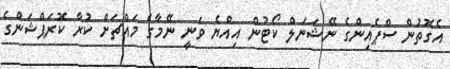
އެގޮތުން ސްޕެއިންގެ ނޭޝަނަލް ކޯޓުން އިއްޔެ ވަނީ ނޭމާގެ މައްޗަށް ކުރާ ކޮރަޕްޝަންގެ